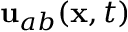
{ \mathbf { u } } _ { a b } ( { \mathbf { x } } , t )